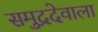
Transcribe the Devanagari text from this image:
समुद्रदेवाला